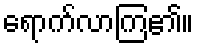
ရောက်လာကြ၏။